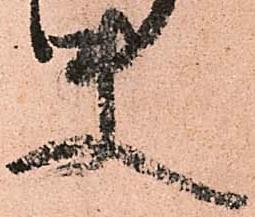
使